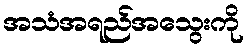
အသံအရည်အသွေးကို